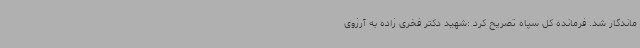
ماندگار شد. فرمانده کل سپاه تصریح کرد :شهید دکتر فخری زاده به آرزوی